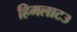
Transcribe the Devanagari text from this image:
हिमलाट३